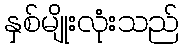
နှစ်မျိုးလုံးသည်